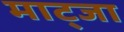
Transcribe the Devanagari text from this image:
माट्जा